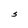
Character: S